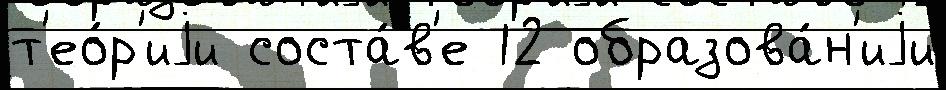
т'ео́р'иjи соста́в'е 12 образова́н'иjи